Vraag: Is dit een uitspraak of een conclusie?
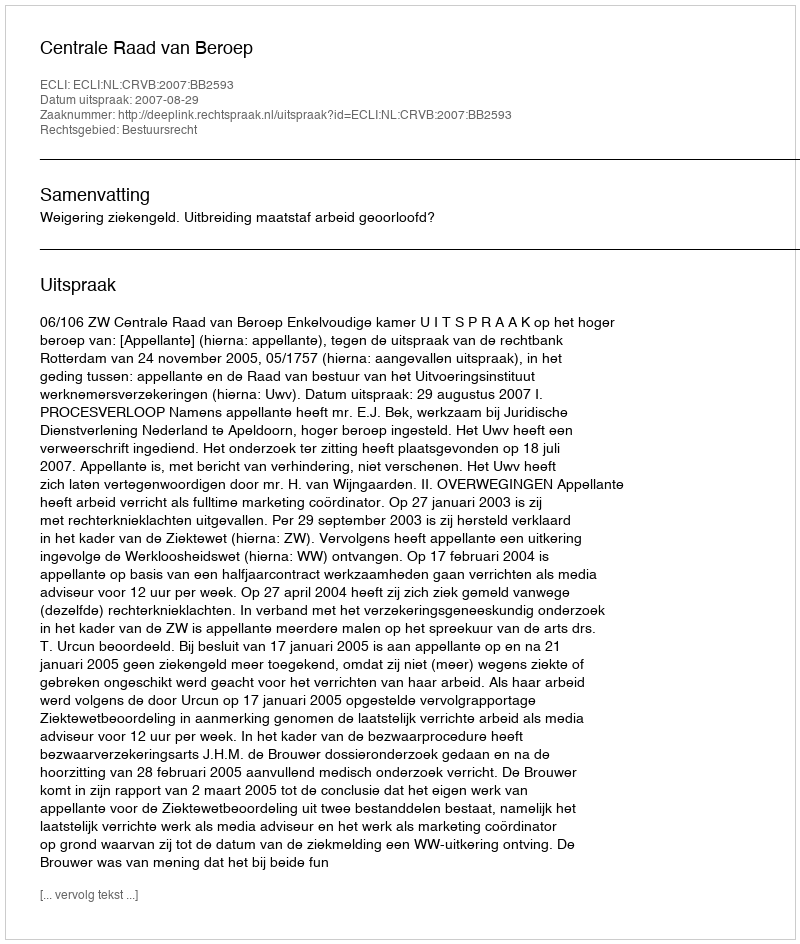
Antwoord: Uitspraak